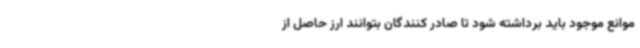
موانع موجود باید برداشته شود تا صادر کنندگان بتوانند ارز حاصل از